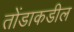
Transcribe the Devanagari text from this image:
तोंडाकडील